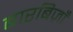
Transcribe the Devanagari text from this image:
बारबिज़ाँ